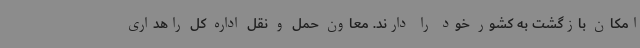
امکان بازگشت به کشور خود را دارند. معاون حمل و نقل اداره کل راهداری